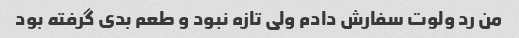
من رد ولوت سفارش دادم ولی تازه نبود و طعم بدی گرفته بود